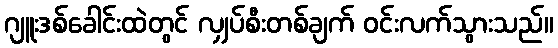
ဂျူးဒစ်ခေါင်းထဲတွင် လျှပ်စီးတစ်ချက် ဝင်းလက်သွားသည်။